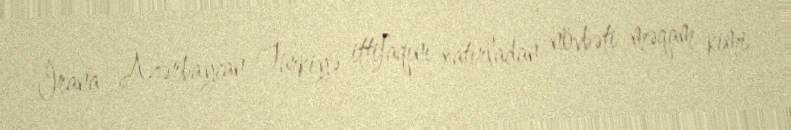
İrana Azərbaycan-Türkiyə ittifaqını xatırladan növbəti məqam kimi